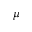
\mu